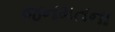
જનમતના